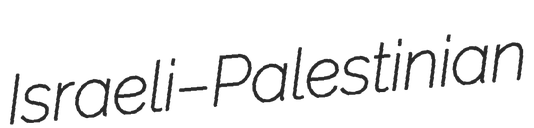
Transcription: Israeli–Palestinian